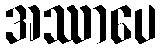
အဿာပေ